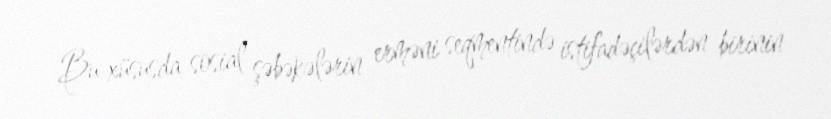
Bu xüsusda sosial şəbəkələrin erməni seqmentində istifadəçilərdən birinin